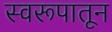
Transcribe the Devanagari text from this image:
स्वरूपातून